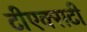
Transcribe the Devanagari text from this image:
टीएक्सटी